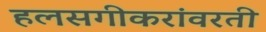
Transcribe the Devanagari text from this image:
हलसगीकरांवरती